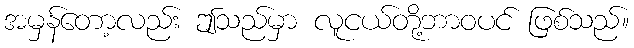
အမှန်တော့လည်း ဤသည်မှာ လူငယ်တို့ဘာဝပင် ဖြစ်သည်။